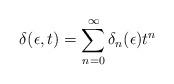
LaTeX: \begin{align*}\delta (\epsilon, t) = \sum_{n = 0}^\infty \delta_n (\epsilon) t^n\end{align*}